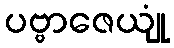
ပဗ္ဗာဇေယျုံ